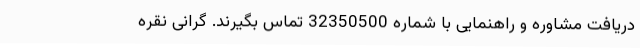
دریافت مشاوره و راهنمایی با شماره 32350500 تماس بگیرند. گرانی نقره